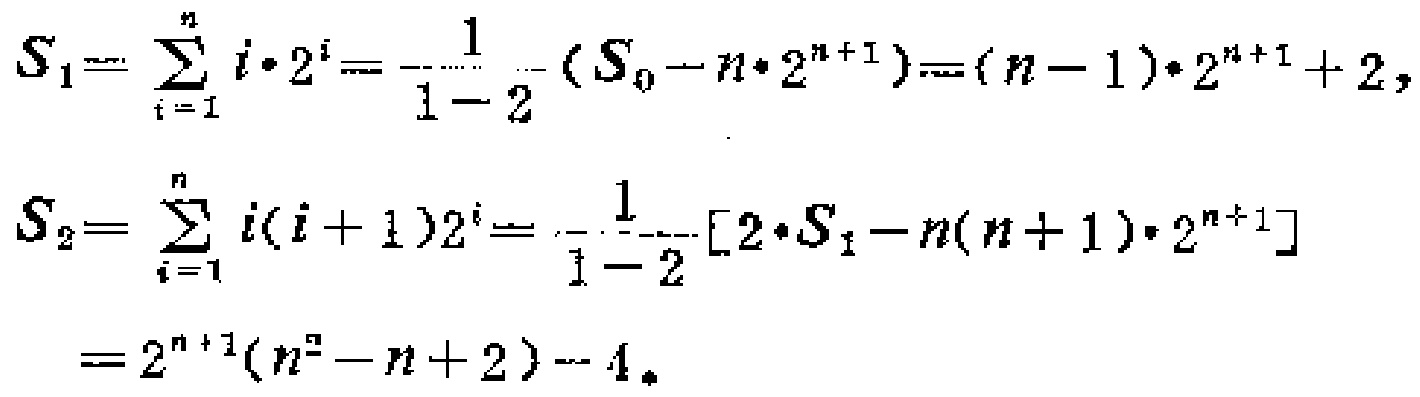
\[
\begin{align*}
S_1&=\sum_{i = 1}^{n}i\cdot2^{i}=\frac{1}{1 - 2}(S_0 - n\cdot2^{n + 1})=(n - 1)\cdot2^{n + 1}+2,\\
S_2&=\sum_{i = 1}^{n}i(i + 1)2^{i}=\frac{1}{1 - 2}[2\cdot S_1 - n(n + 1)\cdot2^{n + 1}]\\
&=2^{n + 1}(n^2 - n + 2)-4.
\end{align*}
\]